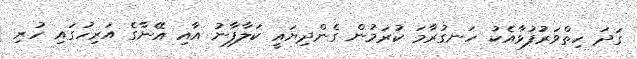
ގަދަ ހިތްވަރުފުޅާއެކު ހަނގުރާމަ ކުރަމުން ގެންދިޔައީ ކަލާފާނު އާއި އޭނާގެ އަރިހުގައި ހުރި